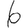
Digit: 6